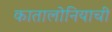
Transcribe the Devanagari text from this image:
कातालोनियाची